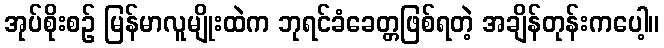
အုပ်စိုးစဉ် မြန်မာလူမျိုးထဲက ဘုရင်ခံခေတ္တဖြစ်ရတဲ့ အချိန်တုန်းကပေါ့။